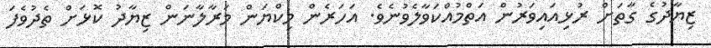
ޒިޔާދުގެ ގާތަށް ރުޅިއައިވަރުން އަތްމުއްކަވާލެވުނެވެ. އަހަރެން މިކްޔަން މަރާލާނަން ޒިޔާދު ކޮޅަށް ތެދުވެފަ